Civil Veterinary Dept. Bombay admin report 1893-99 - 1893-1899
Year: 1893
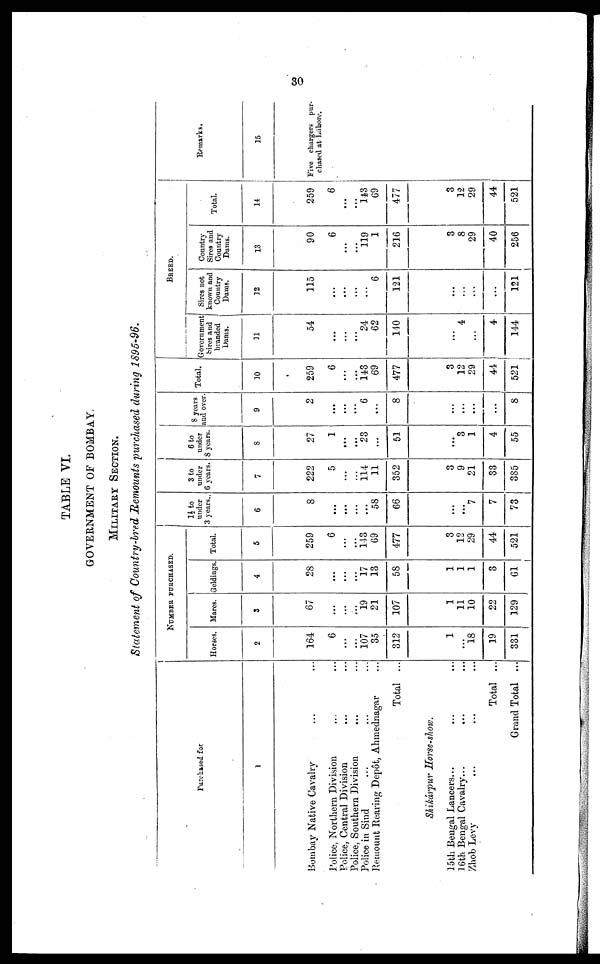
30
TABLE VI.
GOVERNMENT OF BOMBAY.
MILITARY SECTION.
Statement of Country-bred Remounts purchased during 1895-96.
Purchased for
1
Bombay Native Cavalry ... ...
Police, Northern Division ... ...
Police, Central Division ... ...
Police, Southern Division ... ...
Police in Sind ... ... ...
Remount Rearing Depôt, Ahmednagar ...
Total ...
Shikárpur Horse-show.
15th Bengal Lancers... ... ...
16th Bengal Cavalry... ... ...
Zhob Levy ... ... ...
Total ...
Grand Total ...
NUMBER PURCHASED.
Horses.
2
164
6
...
...
107
35
312
1
...
18
19
331
Mares.
3
67
...
...
...
19
21
107
1
11
10
22
129
Geldings.
4
28
...
...
...
17
13
58
1
1
1
3
61
Total.
5
259
6
...
...
143
69
477
3
12
29
44
521
1½ to
under
3 years.
6
8
...
...
...
...
58
66
...
...
7
7
73
3 to
under
6 years.
7
222
5
...
...
114
11
352
3
9
21
33
385
6 to
under
8 years.
8
27
1
...
...
23
...
51
...
3
1
4
55
8 years
and over.
9
2
...
...
...
6
...
8
...
...
...
...
8
Total.
10
259
6
...
...
143
69
477
3
12
29
44
521
Government
Sires and
branded
Dams.
11
54
...
...
...
24
62
140
...
4
...
4
144
BREED.
Sires not
known and
Country
Dams.
12
115
...
...
...
...
6
121
...
...
...
...
121
Country
Sires and
Country
Dams.
13
90
6
...
...
119
1
216
3
8
29
40
256
Total.
14
259
6
...
...
143
69
477
3
12
29
44
521
Remarks.
15
Five chargers pur-
chased at Lahore.